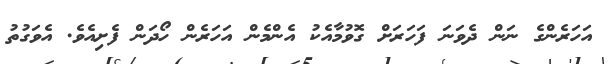
އަހަރެންގެ ނަން ދެވަނަ ފަހަރަށް ގޮވުމާއެކު އެންމެން އަހަރެން ހޯދަން ފެށިއެވެ. އެވަގުތު